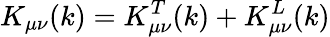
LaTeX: K_{\mu\nu}(k)=K_{\mu\nu}^{T}(k)+K_{\mu\nu}^{L}(k)